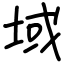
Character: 域